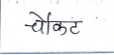
मजकूर: चौकट